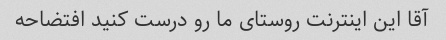
آقا این اینترنت روستای ما رو درست کنید افتضاحه